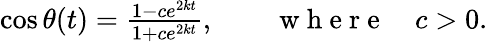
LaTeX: \begin{array}{r}{\cos\theta(t)=\frac{1-ce^{2kt}}{1+ce^{2kt}},\qquad\mathrm{~w~h~e~r~e~}\quad c>0.}\end{array}